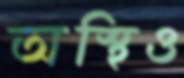
অস্থিও